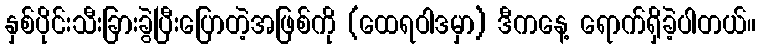
နှစ်ပိုင်းသီးခြားခွဲပြီးပြောတဲ့အဖြစ်ကို (ထေရဝါဒမှာ) ဒီကနေ့ ရောက်ရှိခဲ့ပါတယ်။